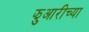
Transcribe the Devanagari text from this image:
झुआरीच्या